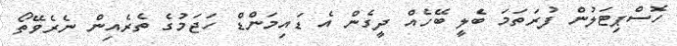
ހޮސްޕިޓަލުން ފުރަތަމަ ބެލީ ބޭހެއް ދީގެން އެ ޑައިމަންޑް ހަޖަމުގެ ތެރެއިން ނެރެވޭތޯ